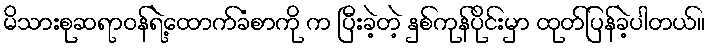
မိသားစုဆရာဝန်ရဲ့ထောက်ခံစာကို က ပြီးခဲ့တဲ့ နှစ်ကုန်ပိုင်းမှာ ထုတ်ပြန်ခဲ့ပါတယ်။